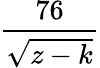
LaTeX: \frac{76}{\sqrt{z-k}}